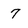
Character: 7